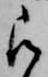
被